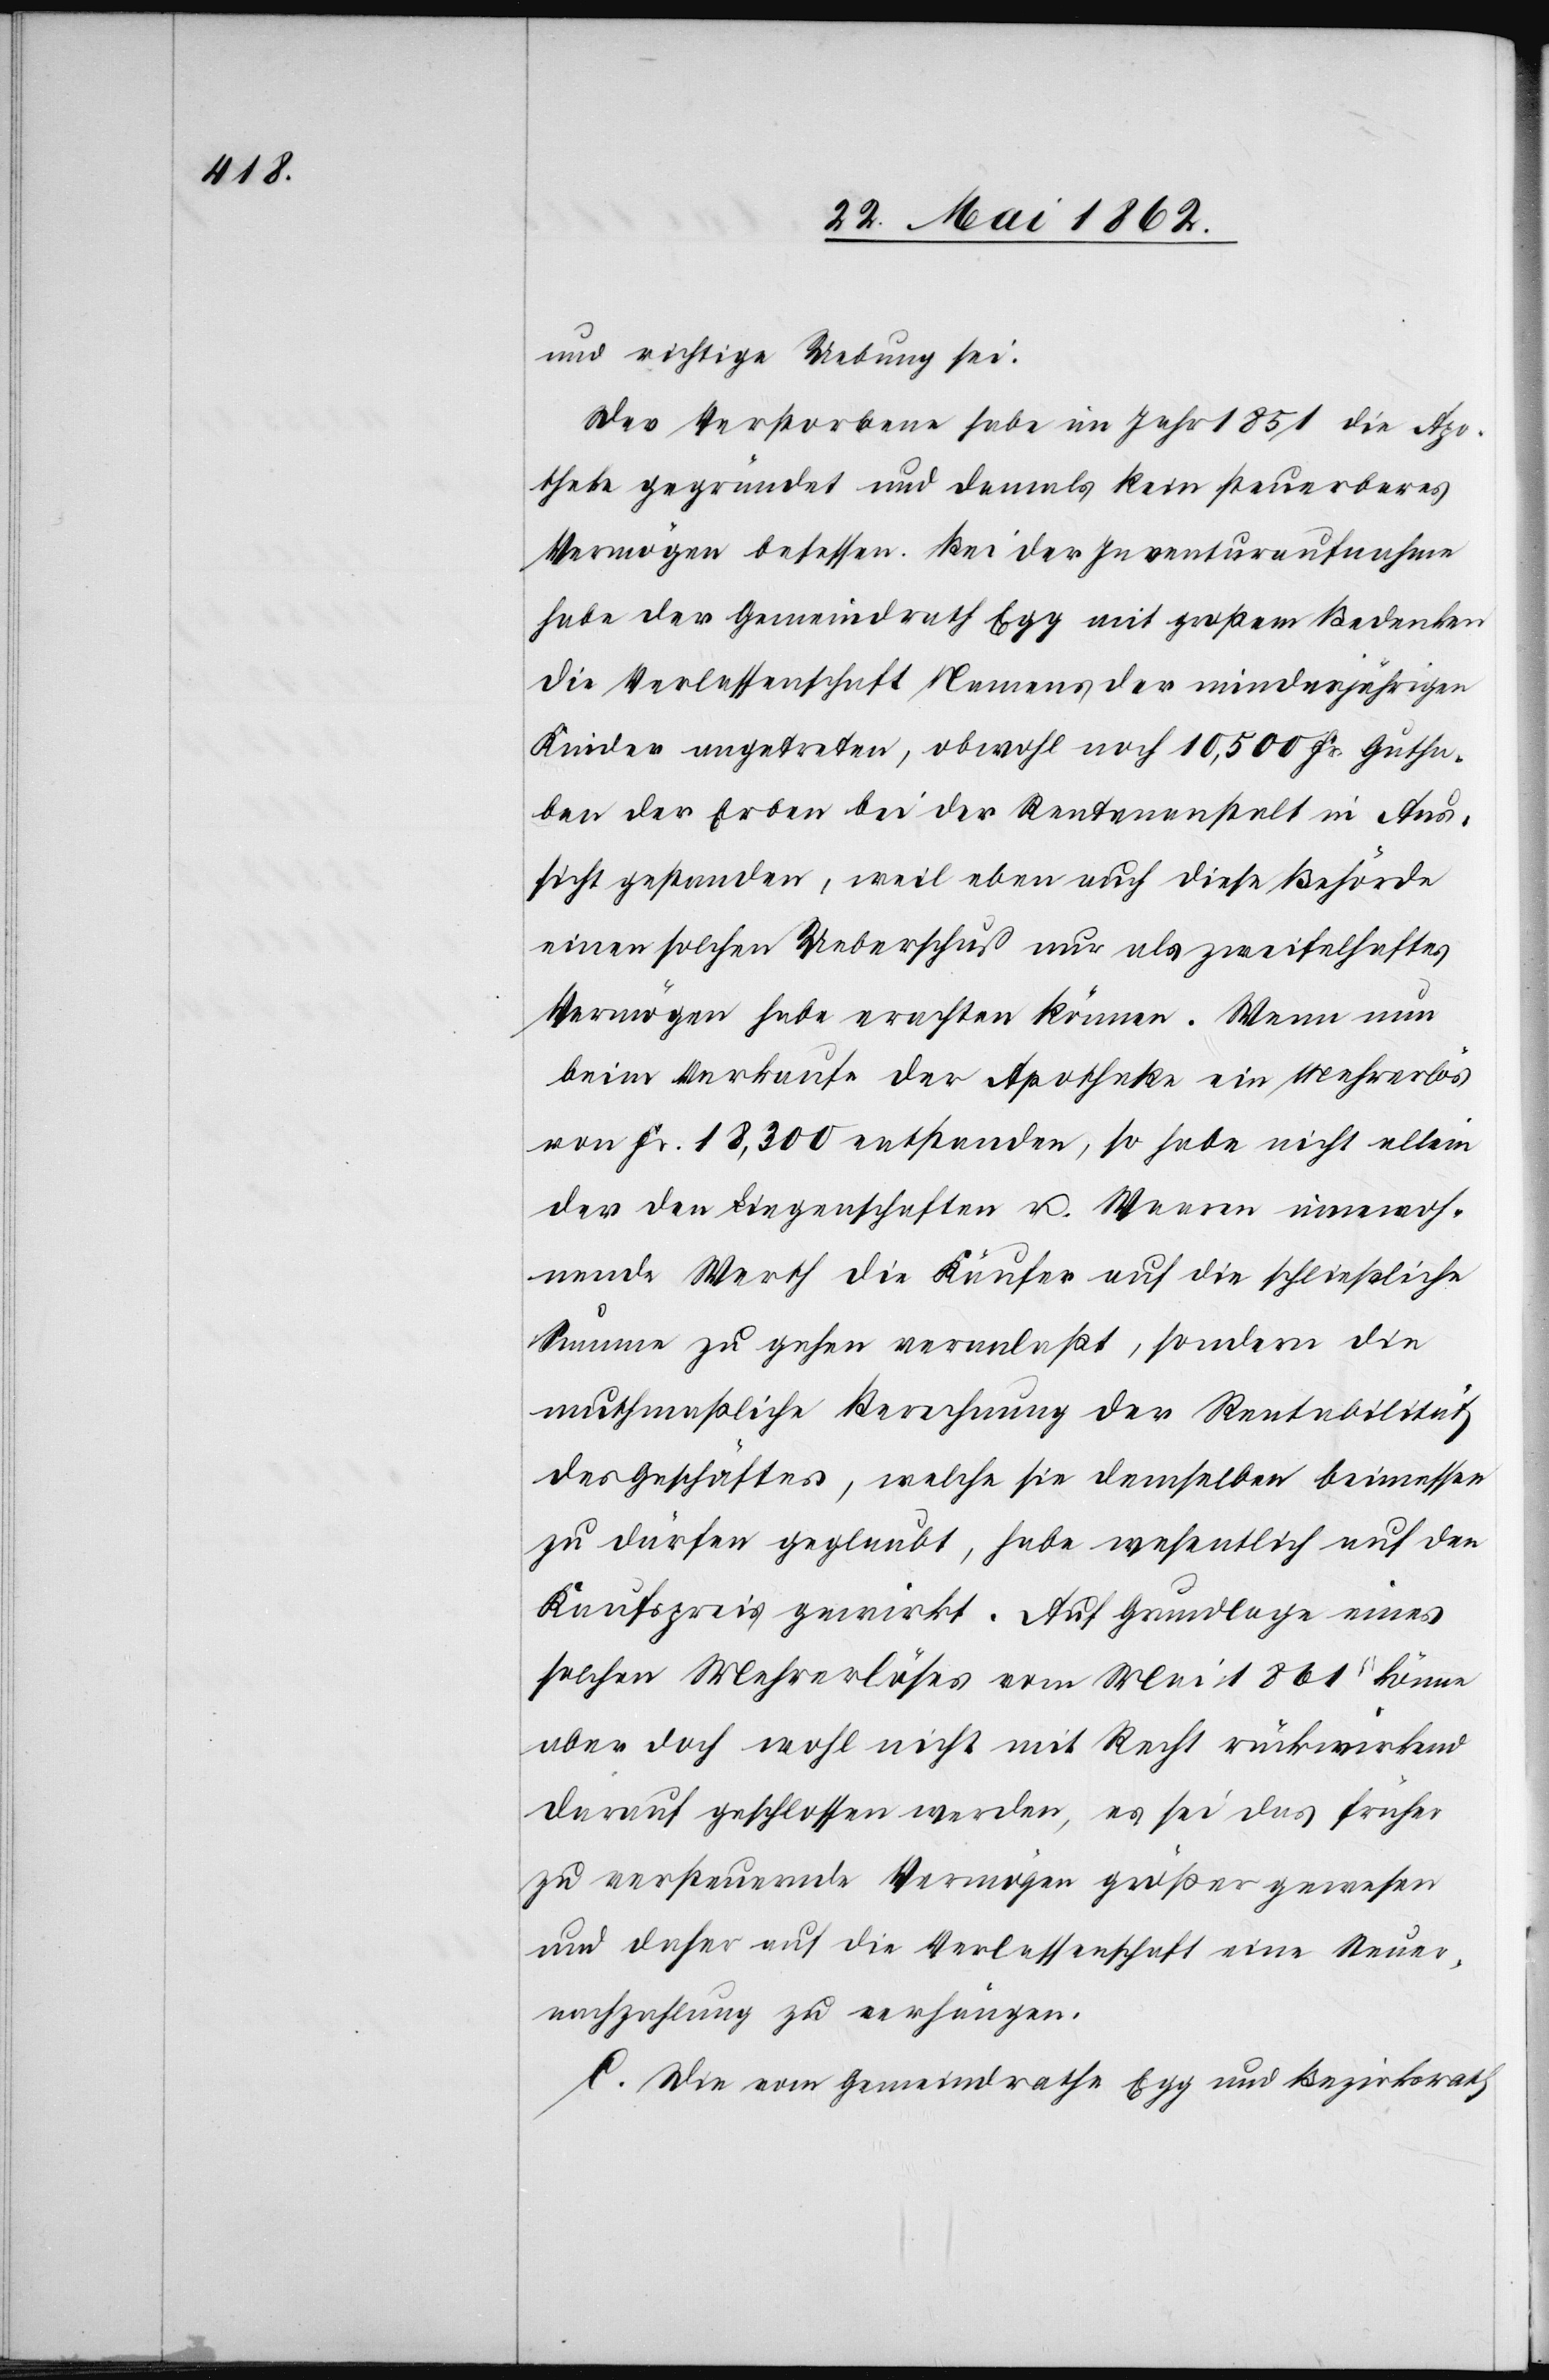
und richtige Uebung sei.
Der Verstorbene habe im Jahr 1851 die Apo¬
theke gegründet und damals kein steuerbares
Vermögen besessen. Bei der Inventuraufnahme
habe der Gemeindrath Egg mit großem Bedenken
die Verlassenschaft Namens der minderjährigen
Kinder angetreten, obwohl noch 10,500 Fr. Gutha¬
ben der Erben bei der Rentenanstalt in Aus¬
sicht gestanden, weil eben auch diese Behörde
einen solchen Ueberschuß nur als zweifelhaftes
Vermögen habe erachten können. Wenn nun
beim Verkaufe der Apotheke ein Mehrerlös
von Fr. 18,300 entstanden, so habe nicht allein
der den Liegenschaften u. Waaren innewoh¬
nende Werth die Käufer auf die schließliche
Summe zu gehen veranlaßt, sondern die
muthmaßliche Berechnung der Rentabilität
des Geschäftes, welche sie demselben beimessen
zu dürfen geglaubt, habe wesentlich auf den
Kaufspreis gewirkt. Auf Grundlage eines
solchen Mehrerlöses vom Mai 1861 könne
aber doch wohl nicht mit Recht rückwirkend
darauf geschlossen werden, es sei das früher
zu versteuernde Vermögen größer gewesen
und daher auf die Verlassenschaft eine Steuer¬
nachzahlung zu verhängen.
C. Die vom Gemeindrathe Egg und Bezirksrath